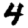
Digit: 4